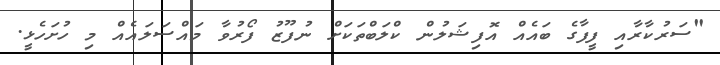
"ސަރުކާރާއި ފީފާގެ ބައެއް އޮފިޝަލުން ކްލަބްތަކަށް ނުފޫޒު ފޯރުވާ މައްސަލައެއް މި ހުށަހެޅީ.